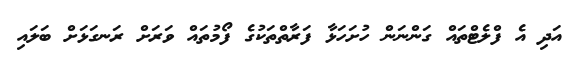
އަދި އެ ފްލެޓްތައް ގަންނަން ހުށަހަޅާ ފަރާތްތަކުގެ ފޯމުތައް ވަރަށް ރަނގަޅަށް ބަލައި